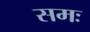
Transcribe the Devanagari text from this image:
समः